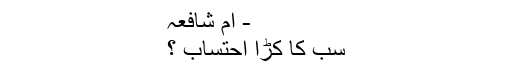
- ام شافعہ
سب کا کڑا احتساب ؟